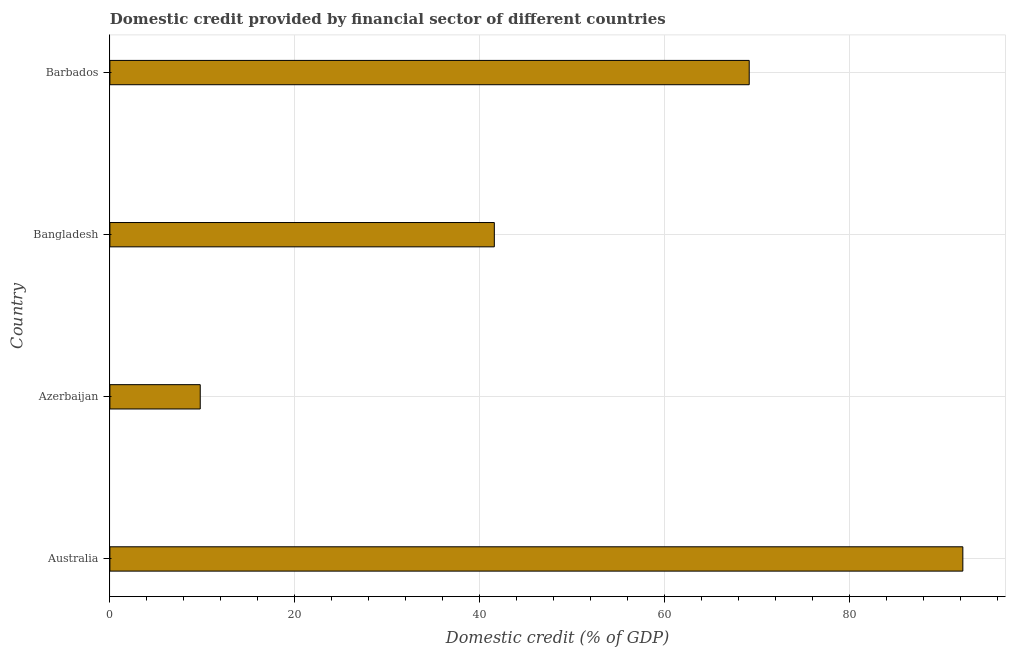
| Country | Domestic credit provided by financial sector |
 | --- | --- |
 | Australia | 92.3 |
 | Azerbaijan | 9.77 |
 | Bangladesh | 41.6 |
 | Barbados | 69.1 |